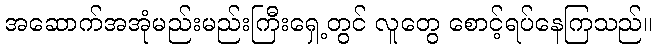
အဆောက်အအုံမည်းမည်းကြီးရှေ့တွင် လူတွေ စောင့်ရပ်နေကြသည်။